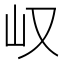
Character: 𫵴